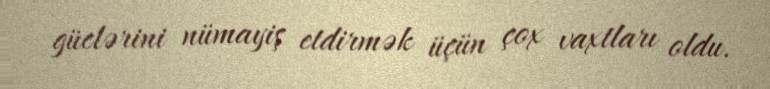
güclərini nümayiş etdirmək üçün çox vaxtları oldu.